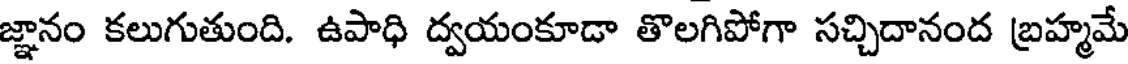
జ్ఞానం కలుగుతుంది. ఉపాధి ద్వయంకూడా తొలగిపోగా సచ్చిదానంద బ్రహ్మమే